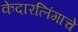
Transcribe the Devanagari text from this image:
केदारलिंगाचे